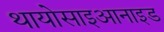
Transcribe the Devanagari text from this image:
थायोसाइआनाइड